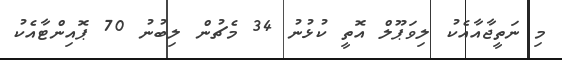
މި ނަތީޖާއާއެކު ލިވަޕޫލް އޮތީ ކުޅުނު 34 މެޗުން ލިބުނު 70 ޕޮއިންޓާއެކު